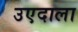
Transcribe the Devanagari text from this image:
उएदाला